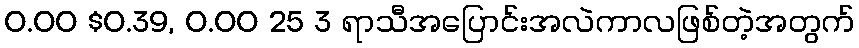
0.00 $0.39, 0.00 25 3 ရာသီအပြောင်းအလဲကာလဖြစ်တဲ့အတွက်